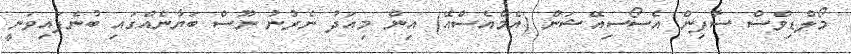
މޯލްޑިވްސް ސާފިން އެސޯސިއޭޝަން (އެމްއެސްއޭ) އިން މިއަދު ނެރުނު ނޫސް ބަޔާނެއްގައި ބުނެފައިވަނީ